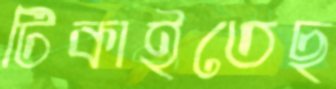
টিকাইতেছ